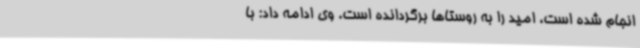
انجام شده است، امید را به روستاها برگردانده است. وی ادامه داد: با